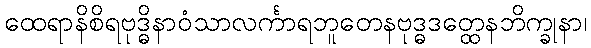
ထေရာနိစိရဗုဒ္ဓိနာဝံသာလင်္ကာရဘူတေနဗုဒ္ဓဒတ္ထေနဘိက္ခုနာ၊